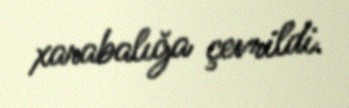
xarabalığa çevrildi.